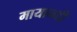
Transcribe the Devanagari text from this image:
मायानदी